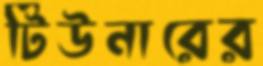
টিউনারের